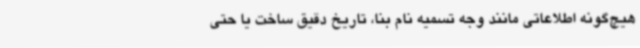
هیچ‌گونه اطلاعاتی مانند وجه تسمیه نام بنا، تاریخ دقیق ساخت یا حتی